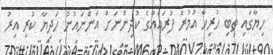
ހިޔާގައި ތިބި ހުރިހާ އުމުރު ފުރައެއްގެ ކުދިންނަށް އަންނައުނު ހަދިޔާ ކުރި އިރު